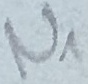
Text: N1